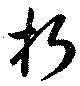
折